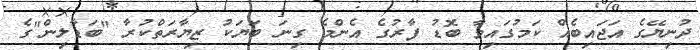
ދުނިޔޭގެ އަޖައިބެއް ކަމުގައިވާ ބޮޑު ފާރުގެ އެންމެ ގިނަ ބަޔަކު ޒިޔާރަތްކުރާ "ބަޑާލިން"ގެ